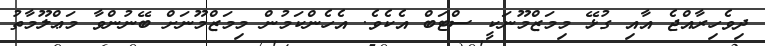
ދިވެހިރާއްޖެ އާއި ގުޅޭ މިމަޒްމޫނަކީ ސްޓަބް އެކެވެ. އެހެންކަމުން މިމަޒްމޫނަށް ބޭނުންވާ މަޢްލޫމާތު